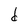
Character: d